Annual report of the Camel Specialist
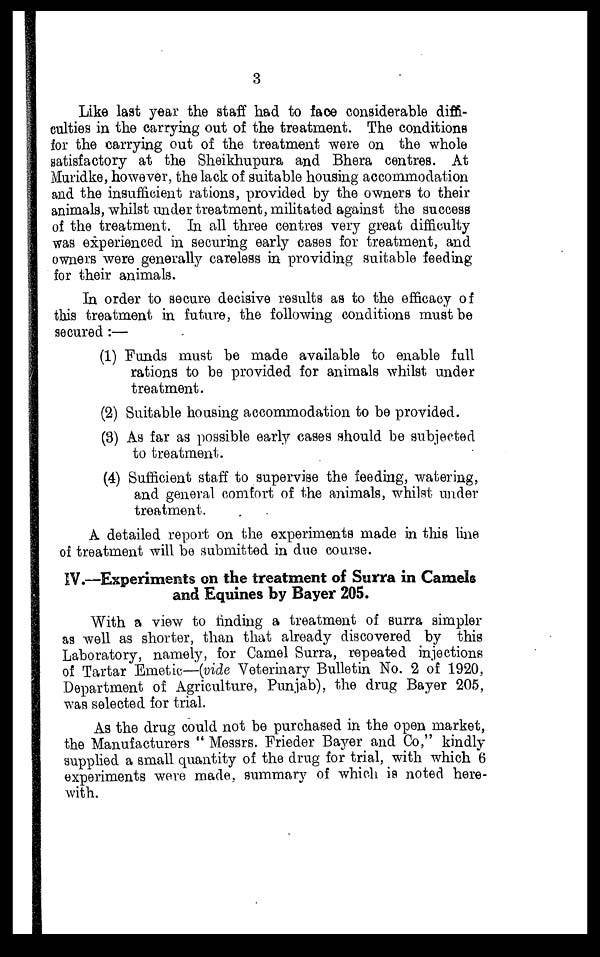
3
Like last year the staff had to face considerable diffi-
culties in the carrying out of the treatment. The conditions
for the carrying out of the treatment were on the whole
satisfactory at the Sheikhupura and Bhera centres. At
Muridke, however, the lack of suitable housing accommodation
and the insufficient rations, provided by the owners to their
animals, whilst under treatment, militated against the success
of the treatment. In all three centres very great difficulty
was experienced in securing early cases for treatment, and
owners were generally careless in providing suitable feeding
for their animals.
In order to secure decisive results as to the efficacy of
this treatment in future, the following conditions must be
secured:—
(1) Funds must be made available to enable full
rations to be provided for animals whilst under
treatment.
(2) Suitable housing accommodation to be provided.
(3) As far as possible early cases should be subjected
to treatment.
(4) Sufficient staff to supervise the feeding, watering,
and general comfort of the animals, whilst under
treatment.
A detailed report on the experiments made in this line
of treatment will be submitted in due course.
IV.—Experiments on the treatment of Surra in Camels
and Equines by Bayer 205.
With a view to finding a treatment of surra simpler
as well as shorter, than that already discovered by this
Laboratory, namely, for Camel Surra, repeated injections
of Tartar Emetic—(vide Veterinary Bulletin No. 2 of 1920,
Department of Agriculture, Punjab), the drug Bayer 205,
was selected for trial.
As the drug could not be purchased in the open market,
the Manufacturers "Messrs. Frieder Bayer and Co," kindly
supplied a small quantity of the drug for trial, with which 6
experiments were made, summary of which is noted here-
with.